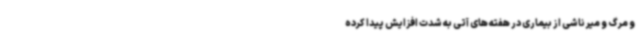
و مرگ و میر ناشی از بیماری در هفته های آتی به شدت افزایش پیدا کرده